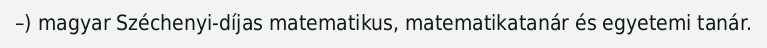
–) magyar Széchenyi-díjas matematikus, matematikatanár és egyetemi tanár.